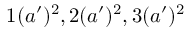
1 ( a ^ { \prime } ) ^ { 2 } , 2 ( a ^ { \prime } ) ^ { 2 } , 3 ( a ^ { \prime } ) ^ { 2 }